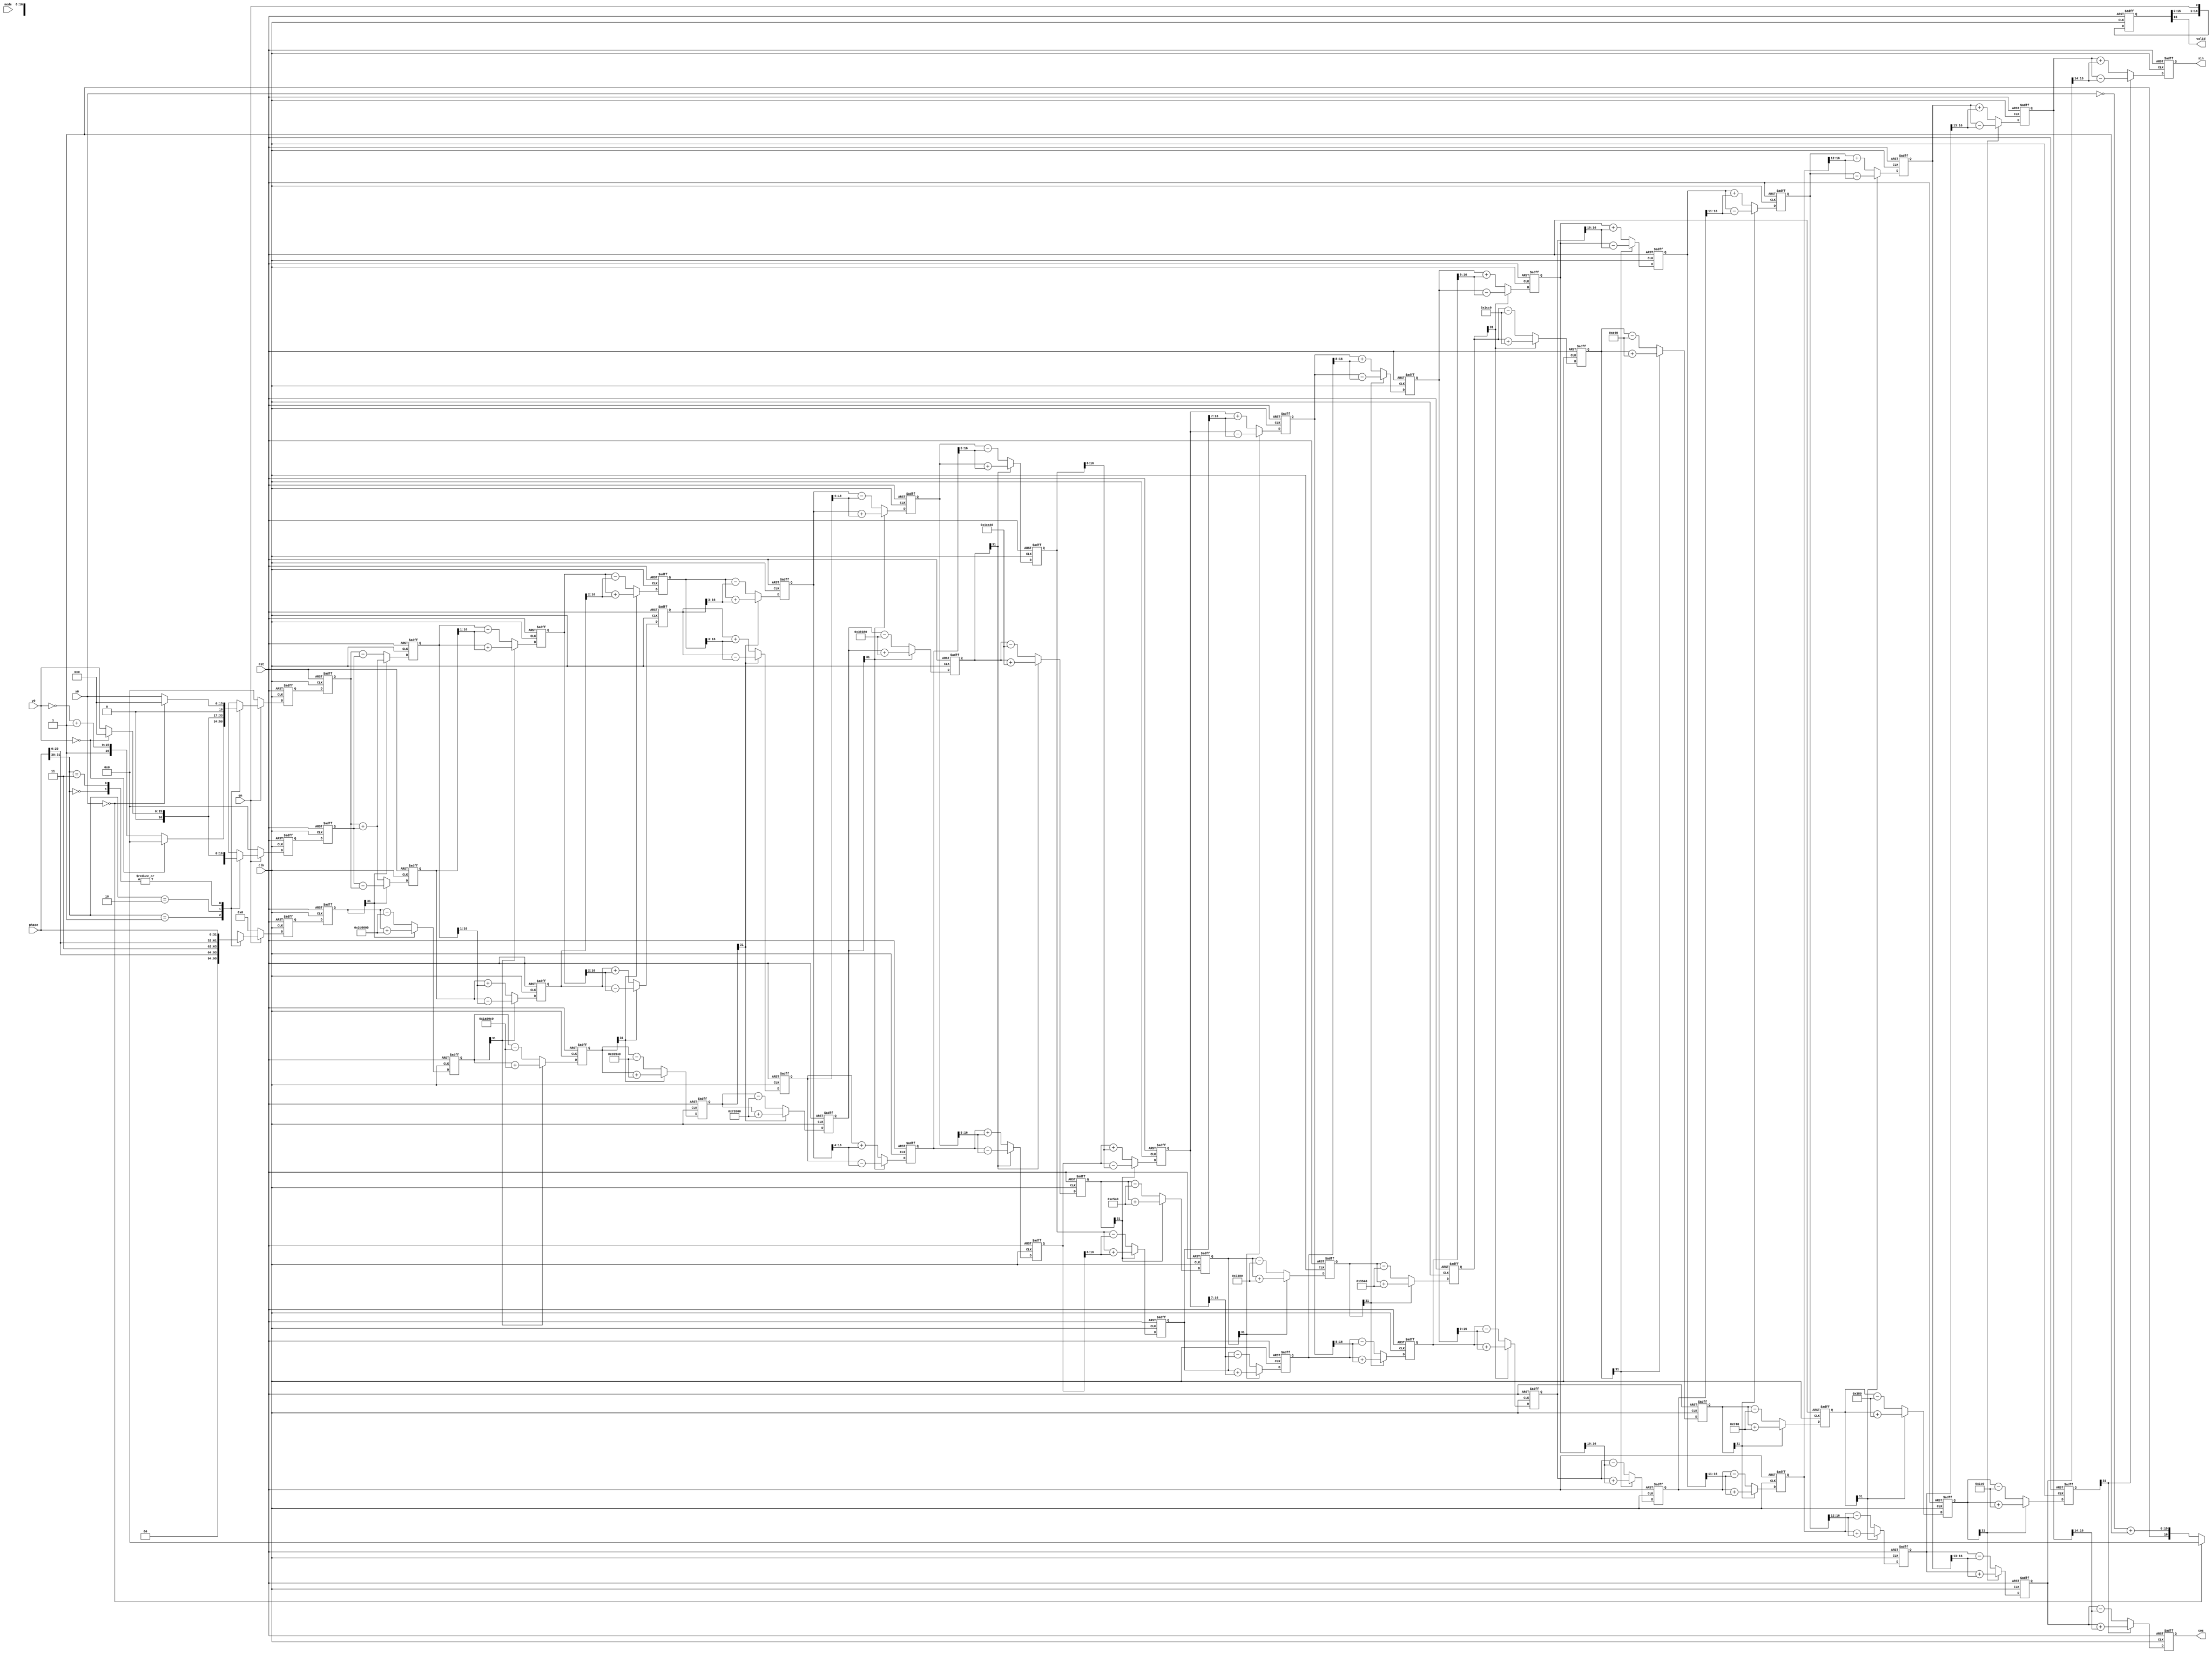
module CORDIC_COS_SIN #(
    parameter DATA_WIDTH = 16,
    parameter PHASE_WIDTH = 32,
    parameter STAGE = 16
) (
    input clk,
    input rst,
    input en,
    input mode,     //0: Rotate mode, 1: Vector mode
    input signed [DATA_WIDTH-1:0] x0,
    input signed [DATA_WIDTH-1:0] y0,
    input signed [PHASE_WIDTH-1:0] phase,   //{quadrant, value}
    output valid,
    output [DATA_WIDTH:0] cos,
    output [DATA_WIDTH:0] sin
);
/*
    According to CORDIC Algorithm, let x_in = K, y_in = 0, 
    to calculate COS and SIN, x_out = cos(z_in), y_out = sin(z_in)
*/
parameter K = 32'd39797;    //K = 0.607253*2^16
//Look Up Table of arctan
parameter [PHASE_WIDTH*STAGE-1:0] atan = {32'd128, 32'd256, 32'd448, 32'd896, 32'd1856, 32'd3648, 32'd7360, 32'd14656, 32'd29312,
                                         32'd58688, 32'd117312, 32'd234368, 32'd466944, 32'd919872, 32'd1740992, 32'd2949120};

integer i, j;
wire [1:0] quadrant;
assign quadrant = phase[PHASE_WIDTH-1:PHASE_WIDTH-2];
reg signed [DATA_WIDTH:0] x_pre;
reg signed [DATA_WIDTH:0] y_pre;
reg signed [PHASE_WIDTH-1:0] z_pre;
reg signed [DATA_WIDTH:0] x [0:STAGE-1];
reg signed [DATA_WIDTH:0] y [0:STAGE-1];
reg signed [PHASE_WIDTH-1:0] z [0:STAGE-1];
reg signed [DATA_WIDTH:0] x_shift [0:STAGE-1]; 
reg signed [DATA_WIDTH:0] y_shift [0:STAGE-1];
reg [STAGE-1:0] sign;

always @(*) begin
    for(i=0; i<STAGE; i=i+1)begin
        x_shift[i] = x[i] >>> i;
        y_shift[i] = y[i] >>> i;
        sign[i] = z[i][PHASE_WIDTH-1];
    end
end

//Pre-rotation for angles which abs(phase) > pi/2
wire [DATA_WIDTH:0] x0_pos, x0_neg;
wire [DATA_WIDTH:0] y0_pos, y0_neg;
assign x0_pos = (x0 == 0) ? 0 : {1'b0, x0};
assign x0_neg = (x0 == 0) ? 0 : {1'b1, (~x0)+16'b1};
assign y0_pos = (y0 == 0) ? 0 : {1'b0, y0};
assign y0_neg = (y0 == 0) ? 0 : {1'b1, (~y0)+16'b1};
always @(posedge clk or posedge rst) begin
    if(rst)begin
        x_pre <= 0;
        y_pre <= 0;
        z_pre <= 0;
    end
    else begin
        if(en)begin
            case (quadrant)
                0:begin
                    x_pre <= x0_pos;
                    y_pre <= y0_pos;
                    z_pre <= phase;
                end
                1:begin
                    x_pre <= y0_neg;
                    y_pre <= x0_pos;
                    z_pre <= {2'b00, phase[29:0]};
                end
                2:begin
                    x_pre <= y0_pos;
                    y_pre <= x0_neg;
                    z_pre <= {2'b11, phase[29:0]};
                end
                3:begin
                    x_pre <= x0_pos;
                    y_pre <= y0_pos;
                    z_pre <= phase;
                end
            endcase
        end
        else begin
            x_pre <= 0;
            y_pre <= 0;
            z_pre <= 0;
        end
    end
end


//Iteration
always @(posedge clk or posedge rst) begin
    if(rst)begin
        for(i=0; i<STAGE; i=i+1)begin
            x[i] <= 0;
            y[i] <= 0;
            z[i] <= 0;
        end
    end
    else begin
        x[0] <= x_pre;
        y[0] <= y_pre;
        z[0] <= z_pre;
        for(i=0; i<STAGE; i=i+1)begin
            x[i+1] <= sign[i] ? x[i]+y_shift[i] : x[i]-y_shift[i];
            y[i+1] <= sign[i] ? y[i]-x_shift[i] : y[i]+x_shift[i];
            z[i+1] <= sign[i] ? z[i]+atan[32*(i+1)-1 -: 32] : z[i]-atan[32*(i+1)-1 -: 32];
        end
    end
end

assign cos = x[STAGE-1];
assign sin = y[STAGE-1];
assign valid = en_dly[STAGE];

reg [4:0] cnt;
always @(posedge clk or posedge rst) begin
    if(rst)begin
        cnt <= 0;
    end
    else begin
        if(cnt == 0)begin
            if(en)begin
                cnt <= cnt + 1;
            end
        end
        else begin
            cnt <= (cnt == 16) ? 0 : cnt+1;
        end
    end
end

reg [STAGE:0] en_dly;
always @(posedge clk or posedge rst) begin
    if(rst)begin
        en_dly <= 0;
    end
    else begin
        en_dly[0] <= en;
        for(i=0; i<STAGE; i=i+1)begin
            en_dly[i+1] <= en_dly[i];
        end
    end
end
    
endmodule